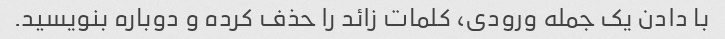
با دادن یک جمله ورودی، کلمات زائد را حذف کرده و دوباره بنویسید.